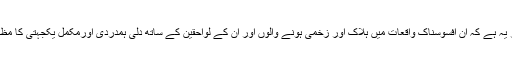
Stoltenberg کا کہنا کہ اس وقت اہم ترین امر یہ ہے کہ ان افسوسناک واقعات میں ہلاک اور زخمی ہونے والوں اور اُن کے لواحقین کے ساتھ دلی ہمدردی اورمکمل یکجہتی کا مظاہرہ کیا جائے۔